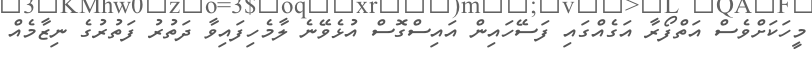
މީހަކަށްވެސް އަތްފޯރާ އަގެއްގައި ފަސޭހައިން އައިސްގޮސް އުޅެވޭނެ ލާމެހިފައިވާ ދަތުރު ފަތުރުގެ ނިޒާމެއް